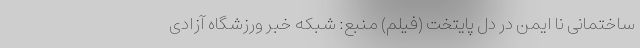
ساختمانی نا ایمن در دل پایتخت (فیلم) منبع: شبکه خبر ورزشگاه آزادی